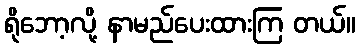
ရိုဘော့လို့ နာမည်ပေးထားကြ တယ်။